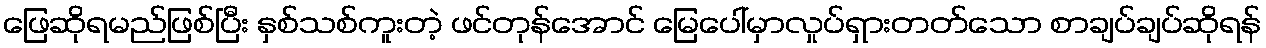
ဖြေဆိုရမည်ဖြစ်ပြီး နှစ်သစ်ကူးတဲ့ ဖင်တုန်အောင် မြေပေါ်မှာလှုပ်ရှားတတ်သော စာချပ်ချပ်ဆိုရန်